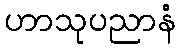
ဟာသုပညာနံ